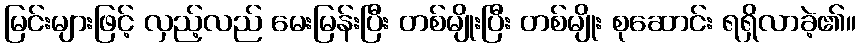
မြင်းများဖြင့် လှည့်လည် မေးမြန်းပြီး တစ်မျိုးပြီး တစ်မျိုး စုဆောင်း ရရှိလာခဲ့၏။